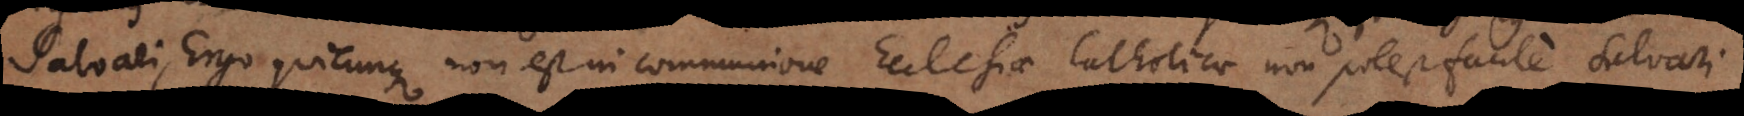
i, Ergo quicunque non est in communione Ecclesiae Catholicae non potest facile salvari